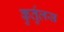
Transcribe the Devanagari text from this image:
कुर्तुलस